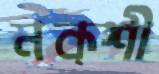
নক্শী